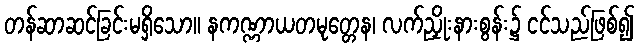
တန်ဆာဆင်ခြင်းမရှိသော။ နကဏ္ဏာယတမုတ္တေန၊ လက်ညှိုးနားစွန်း၌ ငင်သည်ဖြစ်၍